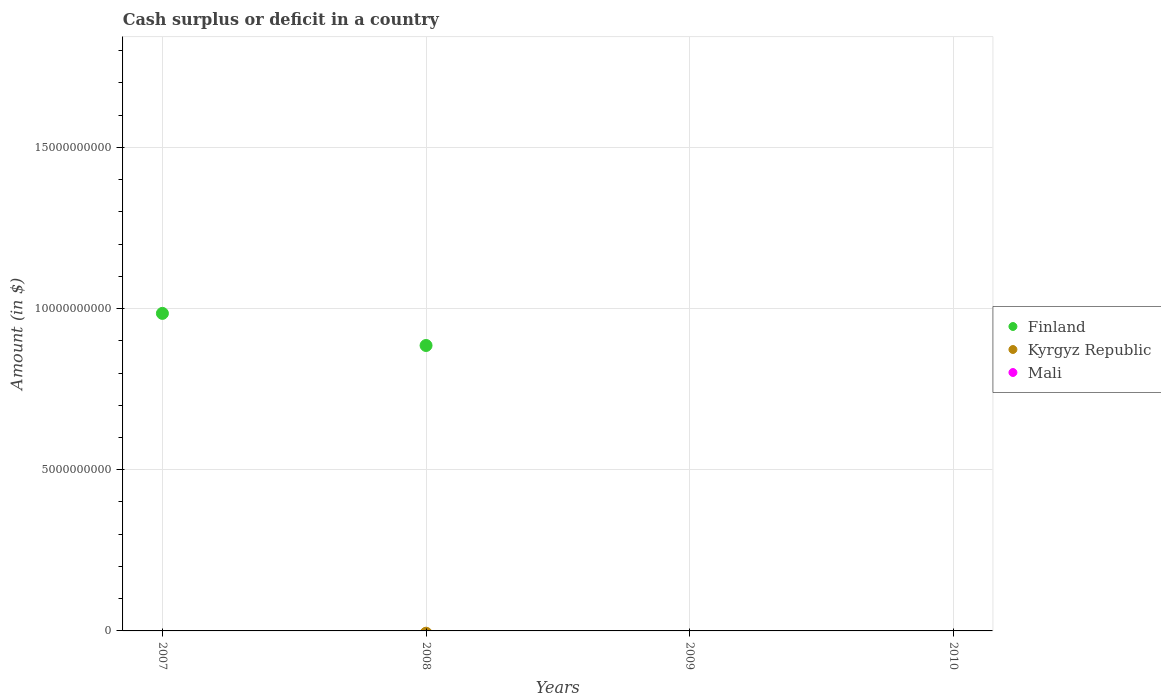
| Years | Finland | Kyrgyz Republic | Mali |
 | --- | --- | --- | --- |
 | 2007 | 9.85e+09 | -2.15e+09 | -1.62e+11 |
 | 2008 | 8.86e+09 | -7.06e+07 | -6.82e+10 |
 | 2009 | -3.5e+09 | -2.65e+09 | -8.73e+10 |
 | 2010 | -4.66e+09 | -1.07e+10 | -1.17e+11 |